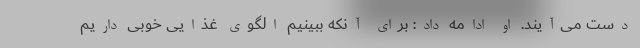
دست می‌آیند. او ادامه داد: برای آنکه ببینیم الگوی غذایی خوبی داریم